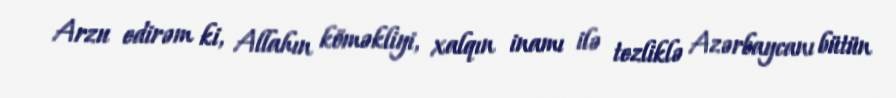
Arzu edirəm ki, Allahın köməkliyi, xalqın inamı ilə tezliklə Azərbaycanı bütün